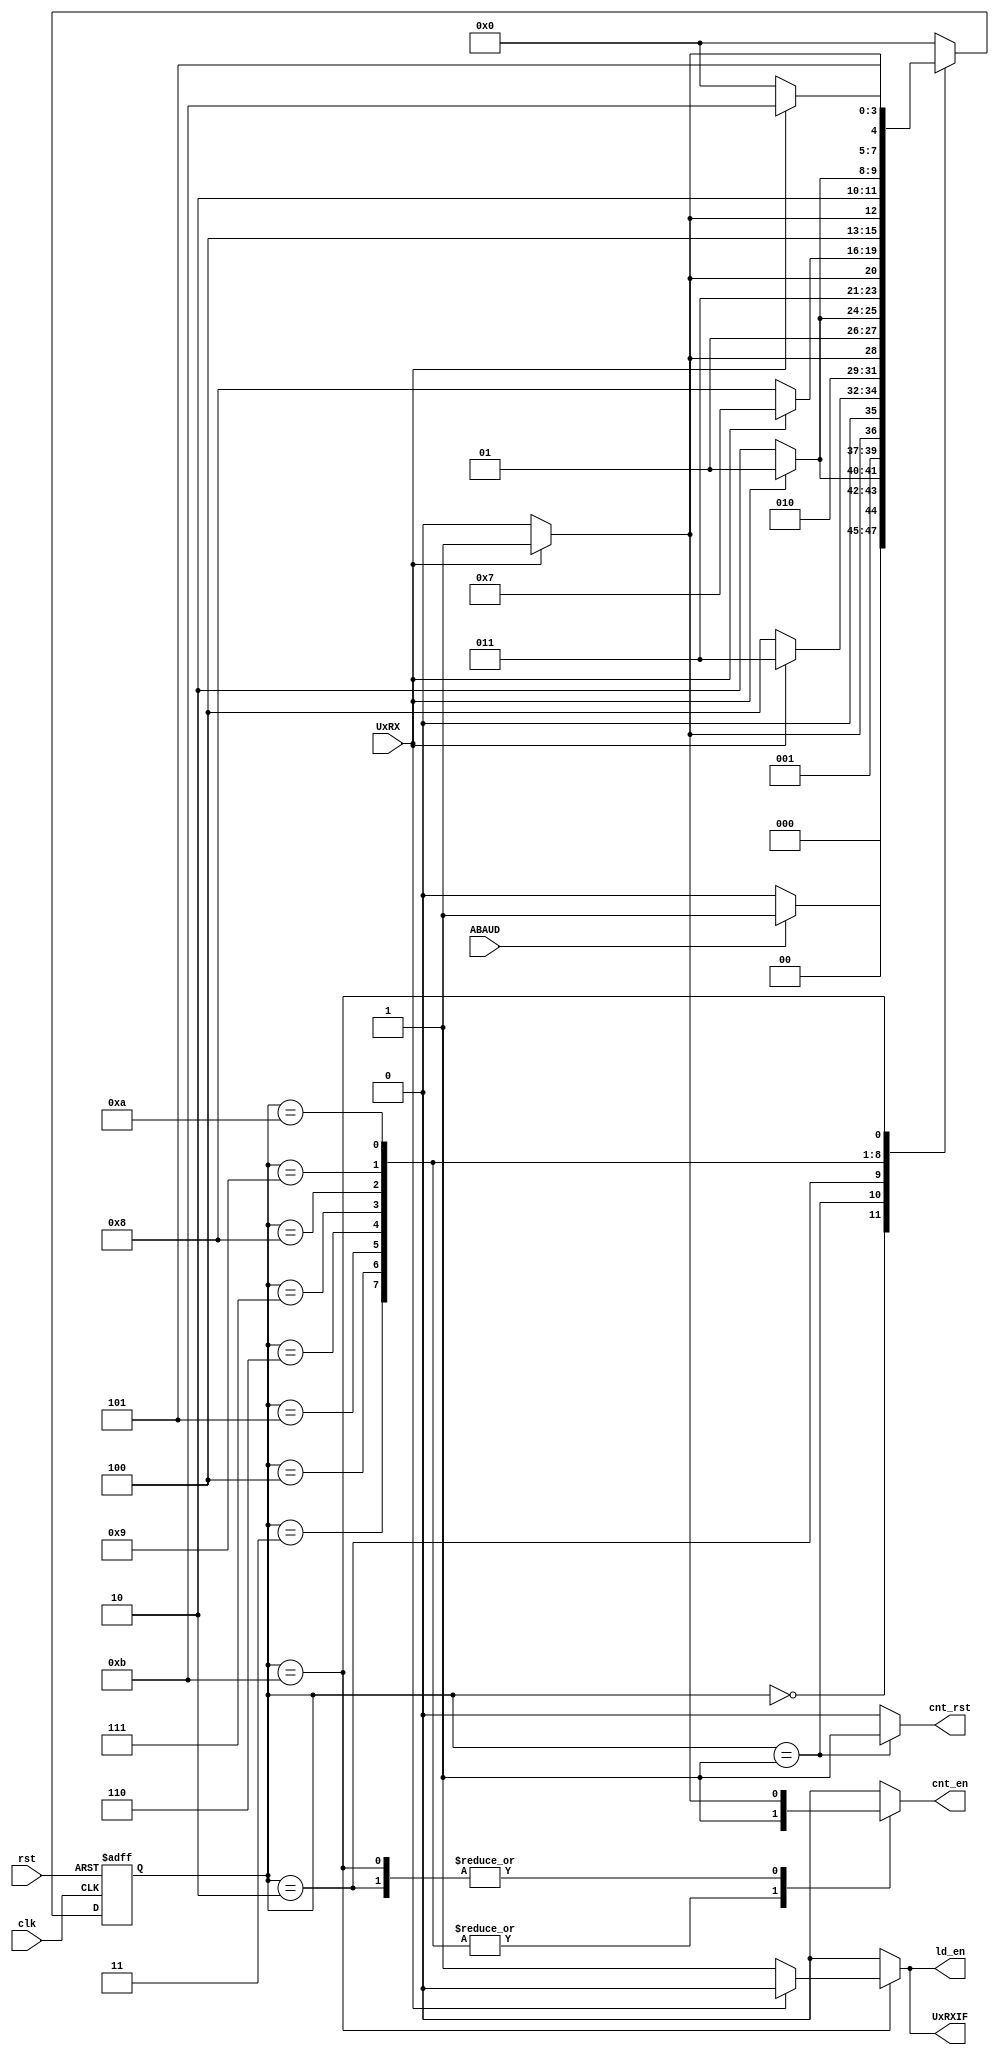
`define Idle  4'b0000
`define Init  4'b0001
`define Start 4'b0010
`define B0    4'b0011
`define B1    4'b0100
`define B2    4'b0101
`define B3    4'b0110
`define B4    4'b0111
`define B5    4'b1000
`define B6    4'b1001
`define B7    4'b1010
`define B8    4'b1011

module ABRCKT_Controller (input ABAUD, UxRX, clk, rst, output reg cnt_en, cnt_rst, UxRXIF, ld_en);
    reg [3:0] ps, ns;

    always @(ABAUD, UxRX, ps) begin
        {cnt_en, cnt_rst, UxRXIF, ld_en} = 4'd0;
        case (ps)
            `Idle: ns = ABAUD ? `Init : `Idle;
            `Init: begin
                ns = UxRX ? `Init : `Start;
                cnt_rst = 1'b1;
            end
            `Start: begin
                ns = UxRX ? `B0 : `Start;
                cnt_en = UxRX ? 1'b1 : 1'b0;
            end
            `B0: begin
                ns = UxRX ? `B0 : `B1;
                cnt_en = 1'b1;
            end
            `B1: begin
                ns = UxRX ? `B2 : `B1;
                cnt_en = 1'b1;
            end
            `B2: begin
                ns = UxRX ? `B2 : `B3;
                cnt_en = 1'b1;
            end
            `B3: begin
                ns = UxRX ? `B4 : `B3;
                cnt_en = 1'b1;
            end
            `B4: begin
                ns = UxRX ? `B4 : `B5;
                cnt_en = 1'b1;
            end
            `B5: begin
                ns = UxRX ? `B6 : `B5;
                cnt_en = 1'b1;
            end
            `B6: begin
                ns = UxRX ? `B6 : `B7;
                cnt_en = 1'b1;
            end
            `B7: begin
                ns = UxRX ? `B8 : `B7;
                cnt_en = 1'b1;
            end
            `B8: begin
                ns = UxRX ? `B8 : `Idle;
                cnt_en = UxRX ? 1'b1 : 1'b0;
                ld_en = UxRX ? 1'b0 : 1'b1;
                UxRXIF = UxRX ? 1'b0 : 1'b1;
            end
            default: ns = `Idle;
        endcase
    end

    always @(posedge clk or negedge rst) begin
        if (~rst)
            ps = `Idle;
        else
            ps <= ns;
    end
endmodule